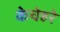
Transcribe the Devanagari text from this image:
केचेहरे